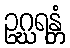
ဥဂ္ဃရန္တံ